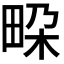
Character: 𭻐